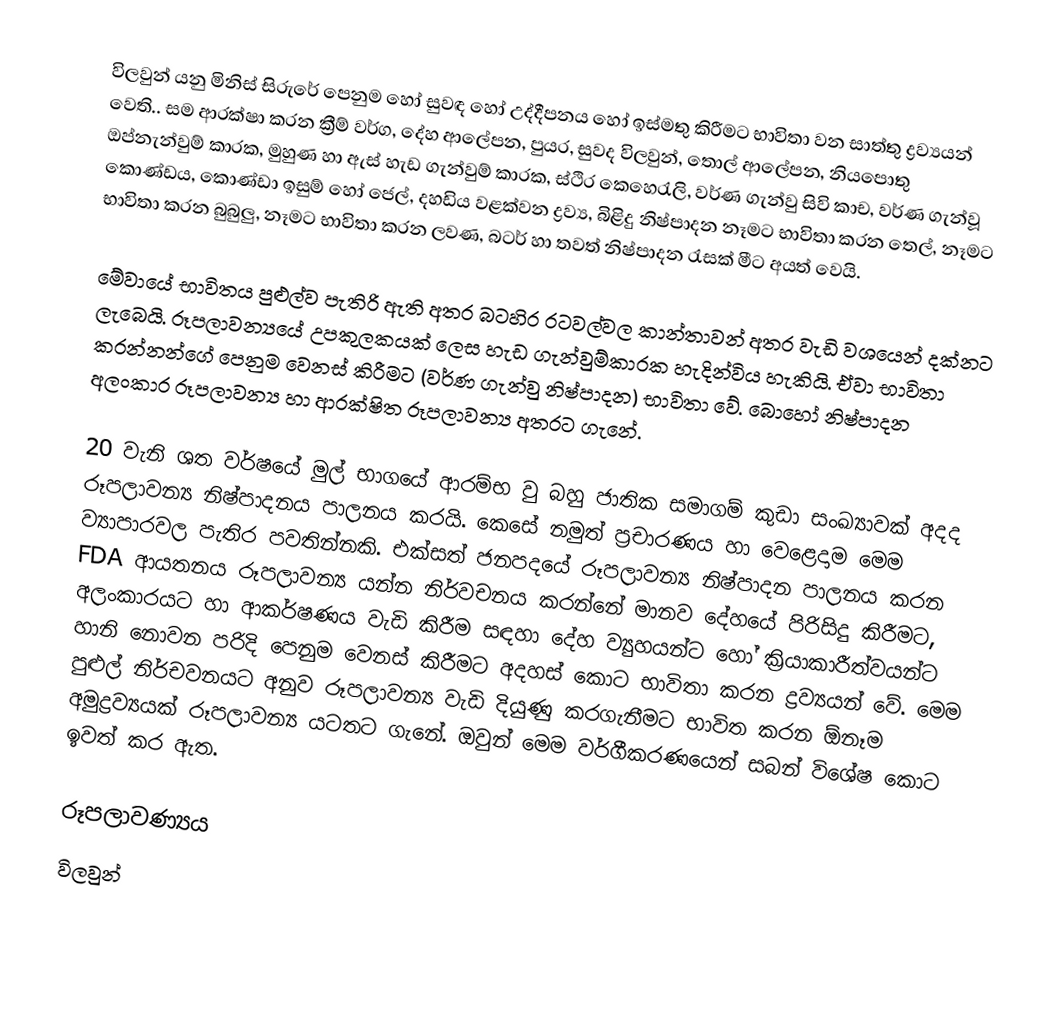
විලවුන් යනු මිනිස් සිරුරේ පෙනුම හෝ සුවඳ හෝ උද්දීපනය හෝ ඉස්මතු කිරීමට භාවිතා වන සාත්තු ද්‍රව්‍යයන් වෙති.. සම ආරක්ෂා කරන ක්‍රීම් වර්ග, දේහ ආලේපන, පුයර, සුවද විලවුන්, තොල් ආලේපන, නියපොතු ඔප්නැන්වුම් කාරක, මුහුණ හා ඇස් හැඩ ගැන්වුම් කාරක, ස්ථිර කෙහෙරැලි, වර්ණ ගැන්වු සිවි කාච, වර්ණ ගැන්වූ කොණ්ඩය, කොණ්ඩා ඉසුම් හෝ ජෙල්, දහඩිය වළක්වන ද්‍රව්‍ය, බිළිදු නිෂ්පාදන නෑමට භාවිතා කරන තෙල්, නෑමට භාවිතා කරන බුබුලු, නෑමට භාවිතා කරන ලවණ, බටර් හා තවත් නිෂ්පාදන රැසක් මීට අයත් වෙයි.

මේවායේ භාවිතය පුළුල්ව පැතිරි ඇති අතර බටහිර රටවල්වල කාන්තාවන් අතර වැඩි වශයෙන් දක්නට ලැබෙයි. රූපලාවන්‍යයේ උපකුලකයක් ලෙස හැඩ ගැන්වුම්කාරක හැදින්විය හැකියි. ඒවා භාවිතා කරන්නන්ගේ පෙනුම වෙනස් කිරීමට (වර්ණ ගැන්වු නිෂ්පාදන) භාවිතා වේ. බොහෝ නිෂ්පාදන අලංකාර රූපලාවන්‍ය හා ආරක්ෂිත රූපලාවන්‍ය අතරට ගැනේ.

20 වැනි ශත වර්ෂයේ මුල් භාගයේ ආරම්භ වු බහු ජාතික සමාගම් කුඩා සංඛ්‍යාවක් අදද රූපලාවන්‍ය නිෂ්පාදනය පාලනය කරයි. කෙසේ නමුත් ප්‍රචාරණය හා වෙළෙදාම මෙම ව්‍යාපාරවල පැතිර පවතින්නකි. එක්සත් ජනපදයේ රූපලාවන්‍ය නිෂ්පාදන පාලනය කරන FDA ආයතනය රූපලාවන්‍ය යන්න නිර්වචනය කරන්නේ මානව දේහයේ පිරිසිදු කිරීමට, අලංකාරයට හා ආකර්ෂණය වැඩි කිරීම සඳහා දේහ ව්‍යුහයන්ට හෝ ක්‍රියාකාරීත්වයන්ට හානි නොවන පරිදි පෙනුම වෙනස් කිරීමට අදහස් කොට භාවිතා කරන ද්‍රව්‍යයන් වේ. මෙම පුළුල් නිර්චවනයට අනුව රූපලාවන්‍ය  වැඩි දියුණු කරගැනීමට භාවිත කරන ඕනෑම අමුද්‍රව්‍යයක් රූපලාවන්‍ය යටතට ගැනේ. ඔවුන් මෙම වර්ගීකරණයෙන් සබන් විශේෂ කොට ඉවත් කර ඇත.

රූපලාවණ්‍යය
විලවුන්